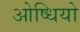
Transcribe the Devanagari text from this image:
ओष्धियो